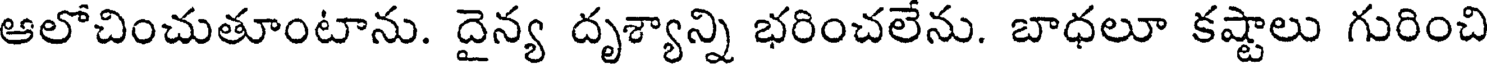
ఆలోచించుతూంటాను. దైన్య దృశ్యాన్ని భరించలేను. బాధలూ కష్టాలు గురించి